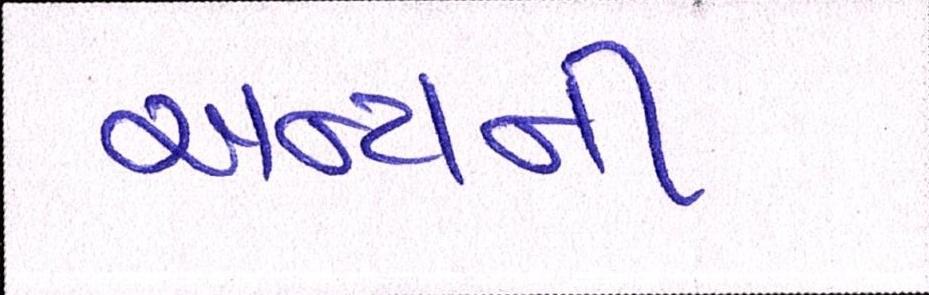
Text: અન્યની